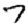
Digit: 7